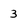
Character: 3